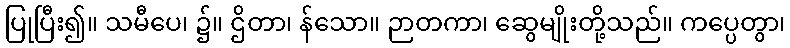
ပြုပြီး၍။ သမီပေ၊ ၌။ ဌိတာ၊ န်သော။ ဉာတကာ၊ ဆွေမျိုးတို့သည်။ ကပ္ပေတွာ၊